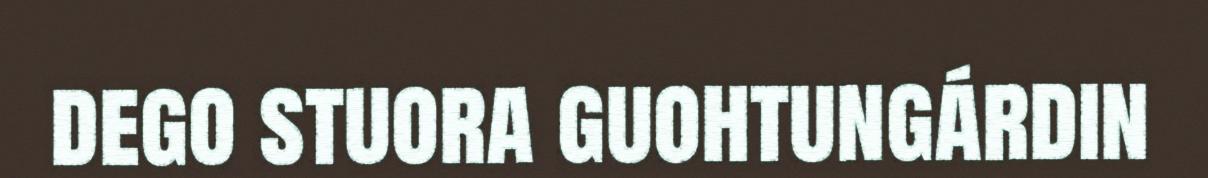
dego stuora guohtungárdin